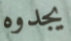
يجدوه